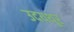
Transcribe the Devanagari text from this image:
उदयथूर